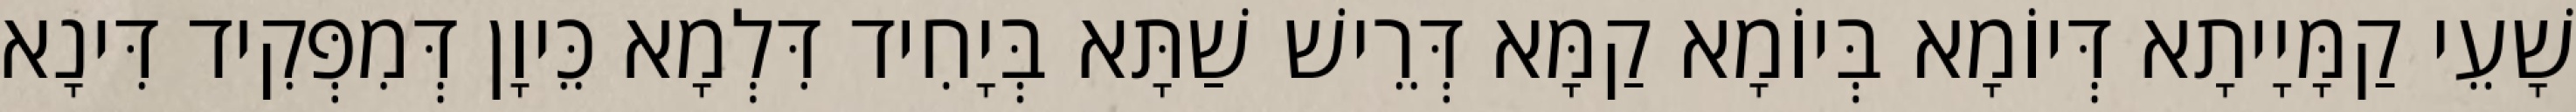
שָׁעֵי קַמָּיָיתָא דְּיוֹמָא בְּיוֹמָא קַמָּא דְּרֵישׁ שַׁתָּא בְּיָחִיד דִּלְמָא כֵּיוָן דְּמִפְּקִיד דִּינָא